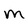
Character: M